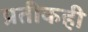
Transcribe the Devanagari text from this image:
प्रतीकही